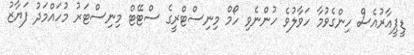
ޑީޕީއާރުއެސް ހިންގެވުމާ ހަވާލުވެ ހުންނެވި ހޯމް މިނިސްޓްރީގެ ސްޓޭޓް މިނިސްޓަރު މުހައްމަދު ފަޔާޒު